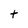
Character: t